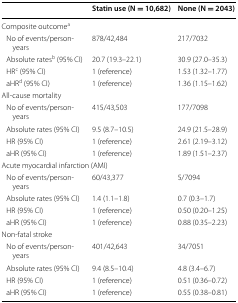
<table><thead><tr><td></td><td><b>Statin use (N = 10,682)</b></td><td><b>None (N = 2043)</b></td></tr></thead><tbody><tr><td colspan="3">Composite outcome<sup>a</sup></td></tr><tr><td> No of events/person-years</td><td>878/42,484</td><td>217/7032</td></tr><tr><td> Absolute rates<sup>b</sup> (95% CI)</td><td>20.7 (19.3–22.1)</td><td>30.9 (27.0–35.3)</td></tr><tr><td> HR<sup>c</sup> (95% CI)</td><td>1 (reference)</td><td>1.53 (1.32–1.77)</td></tr><tr><td> aHR<sup>d</sup> (95% CI)</td><td>1 (reference)</td><td>1.36 (1.15–1.62)</td></tr><tr><td colspan="3">All-cause mortality</td></tr><tr><td> No of events/person-years</td><td>415/43,503</td><td>177/7098</td></tr><tr><td> Absolute rates (95% CI)</td><td>9.5 (8.7–10.5)</td><td>24.9 (21.5–28.9)</td></tr><tr><td> HR (95% CI)</td><td>1 (reference)</td><td>2.61 (2.19–3.12)</td></tr><tr><td> aHR (95% CI)</td><td>1 (reference)</td><td>1.89 (1.51–2.37)</td></tr><tr><td colspan="3">Acute myocardial infarction (AMI)</td></tr><tr><td> No of events/person-years</td><td>60/43,377</td><td>5/7094</td></tr><tr><td> Absolute rates (95% CI)</td><td>1.4 (1.1–1.8)</td><td>0.7 (0.3–1.7)</td></tr><tr><td> HR (95% CI)</td><td>1 (reference)</td><td>0.50 (0.20–1.25)</td></tr><tr><td> aHR (95% CI)</td><td>1 (reference)</td><td>0.88 (0.35–2.23)</td></tr><tr><td colspan="3">Non-fatal stroke</td></tr><tr><td> No of events/person-years</td><td>401/42,643</td><td>34/7051</td></tr><tr><td> Absolute rates (95% CI)</td><td>9.4 (8.5–10.4)</td><td>4.8 (3.4–6.7)</td></tr><tr><td> HR (95% CI)</td><td>1 (reference)</td><td>0.51 (0.36–0.72)</td></tr><tr><td> aHR (95% CI)</td><td>1 (reference)</td><td>0.55 (0.38–0.81)</td></tr></tbody></table>